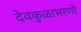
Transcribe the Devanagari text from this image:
देवकुळाभरणो